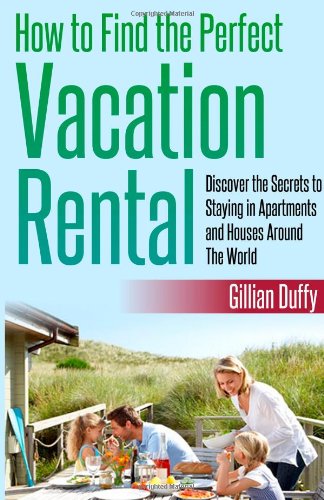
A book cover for How to Find the Perfect Vacation Rental: Discover the Secrets to Staying in Apartments and Houses Around The World; Gillian Duffy; Travel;